Civil Veterinary Department Bihar & Orissa reports 1929-36 - 1929-1936
Year: 1929
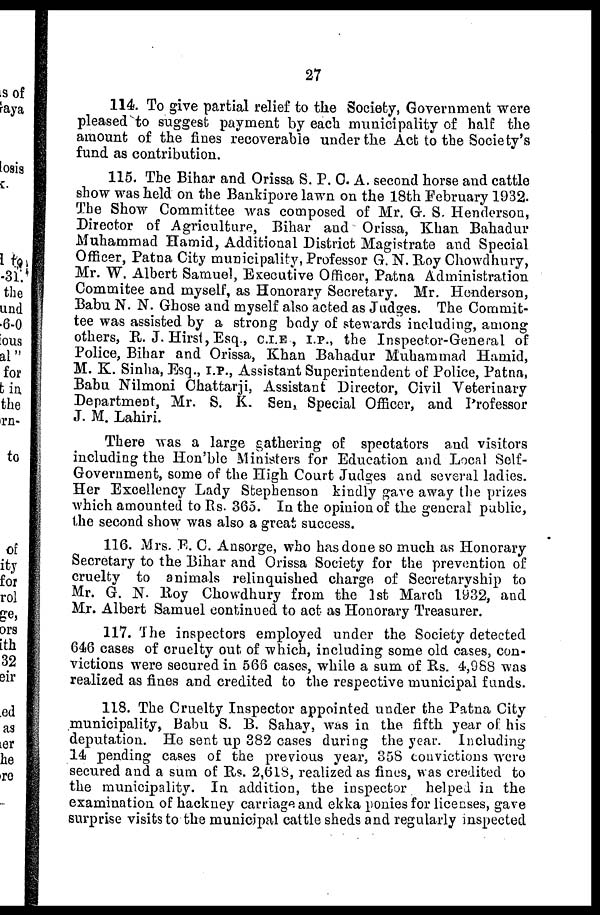
27
114. To give partial relief to the Society, Government were
pleased to suggest payment by each municipality of half the
amount of the fines recoverable under the Act to the Society's
fund as contribution.
115. The Bihar and Orissa S. P. C. A. second horse and cattle
show was held on the Bankipore lawn on the 18th February 1932.
The Show Committee was composed of Mr. G. S. Henderson,
Director of Agriculture, Bihar and Orissa, Khan Bahadur
Muhammad Hamid, Additional District Magistrate and Special
Officer, Patna City municipality, Professor G. N. Roy Chowdhury,
Mr. W. Albert Samuel, Executive Officer, Patna Administration
Commitee and myself, as Honorary Secretary. Mr. Henderson,
Babu N. N. Ghose and myself also acted as Judges. The Commit-
tee was assisted by a strong body of stewards including, among
others, R. J. Hirst, Esq., C.I.E. , I. P., the Inspector-General of
Police, Bihar and Orissa, Khan Bahadur Muhammad Hamid,
M. K. Sinha, Esq., I.P., Assistant Superintendent of Police, Patna,
Babu Nilmoni Chattarji, Assistant Director, Civil Veterinary
Department, Mr. S. K. Sen, Special Officer, and Professor
J. M. Lahiri.
There was a large gathering of spectators and visitors
including the Hon'ble Ministers for Education and Local Self-
Government, some of the High Court Judges and several ladies.
Her Excellency Lady Stephenson kindly gave away the prizes
which amounted to Rs. 365. In the opinion of the general public,
the second show was also a great success.
116. Mrs. E. C. Ansorge, who has done so much as Honorary
Secretary to the Bihar and Orissa Society for the prevention of
cruelty to animals relinquished charge of Secretaryship to
Mr. G. N. Roy Chowdhury from the 1st March 1932, and
Mr. Albert Samuel continued to act as Honorary Treasurer.
117. The inspectors employed under the Society detected
646 cases of cruelty out of which, including some old cases, con-
victions were secured in 566 cases, while a sum of Rs. 4,988 was
realized as fines and credited to the respective municipal funds.
118. The Cruelty Inspector appointed under the Patna City
municipality, Babu S. B. Sahay, was in the fifth year of his
deputation. He sent up 382 cases during the year. Including
14 pending cases of the previous year, 358 convictions were
secured and a sum of Rs. 2,618, realized as fines, was credited to
the municipality. In addition, the inspector helped in the
examination of hackney carriage and ekka ponies for licenses, gave
surprise visits to the municipal cattle sheds and regularly inspected